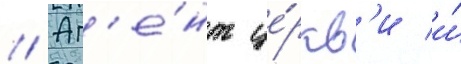
// Аг'е́нт це́ркв'и и́